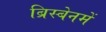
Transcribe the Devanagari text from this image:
ब्रिस्बेनमें